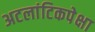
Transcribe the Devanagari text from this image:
अटलांटिकपेक्षा